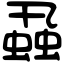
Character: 蝨